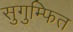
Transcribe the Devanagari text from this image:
सुगुम्फित